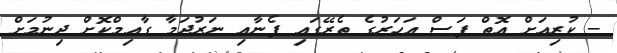
- ކުރިއަށް އޮތް ފަސް އަހަރުގެ ތެރޭގައި ފެނާއި ނަރުދަމާ ގާއިމްކޮށް ދިނުމަށް